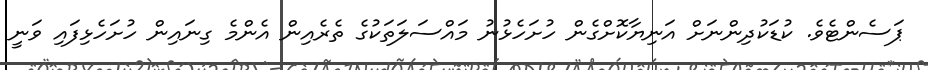
ޕަސެންޓެވެ. ކުޑަކުދިންނަށް އަނިޔާކޮށްގެން ހުށަހެޅުނު މައްސަލަތަކުގެ ތެރެއިން އެންމެ ގިނައިން ހުށަހެޅިފައި ވަނީ